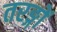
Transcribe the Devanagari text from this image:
तरङ्गों